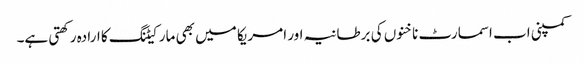
کمپنی اب اسمارٹ ناخنوں کی برطانیہ اور امریکا میں بھی مارکیٹنگ کا ارادہ رکھتی ہے۔